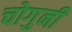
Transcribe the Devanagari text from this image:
चोगुनी